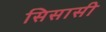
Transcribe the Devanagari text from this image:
सिसासी